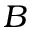
B